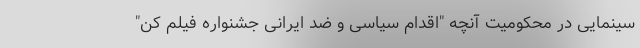
سینمایی در محکومیت آنچه "اقدام سیاسی و ضد ایرانی جشنواره فیلم کن"